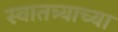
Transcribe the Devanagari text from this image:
स्वातत्र्याच्या